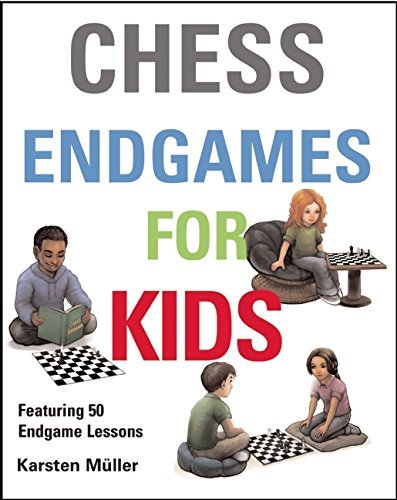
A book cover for Chess Endgames for Kids; Karsten Muller; Humor & Entertainment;